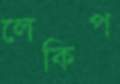
লেকিপ